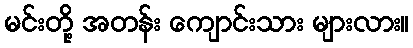
မင်းတို့ အတန်း ကျောင်းသား များလား။